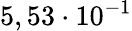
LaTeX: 5,53\cdot 10^{-1}